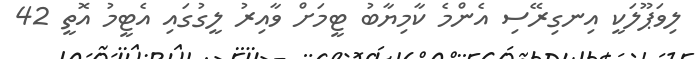
ލިވަޕޫލަކީ އިނގިރޭސި އެންމެ ކާމިޔާބު ޓީމަށް ވާއިރު ލީގުގައި އެޓީމު އޮތީ 42